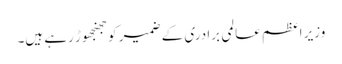
وزیر اعظم عالمی برادری کے ضمیر کو جھنجھوڑ رہے ہیں۔